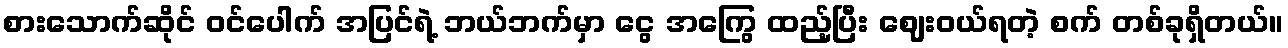
စားသောက်ဆိုင် ဝင်ပေါက် အပြင်ရဲ့ ဘယ်ဘက်မှာ ငွေ အကြွေ ထည့်ပြီး ဈေးဝယ်ရတဲ့ စက် တစ်ခုရှိတယ်။